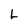
Character: L